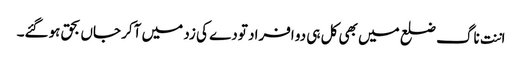
اننت ناگ ضلع میں بھی کل ہی دو افراد تودے کی زد میں آکر جاں بحق ہوگئے۔